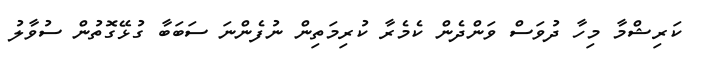
ކަރިޝްމާ މިހާ ދުވަސް ވަންދެންް ކެމެރާ ކުރިމަތިން ނުފެންނަ ސަބަބާ ގުޅޭގޮތުން ސުވާލު